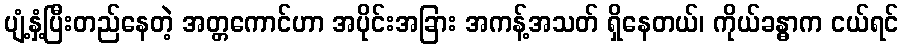
ပျံ့နှံ့ပြီးတည်နေတဲ့ အတ္တကောင်ဟာ အပိုင်းအခြား အကန့်အသတ် ရှိနေတယ်၊ ကိုယ်ခန္ဓာက ငယ်ရင်